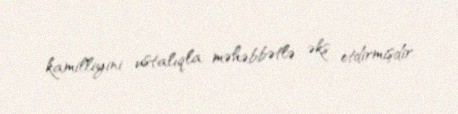
kamilliyini ustalıqla, məhəbbətlə əks etdirmişdir.